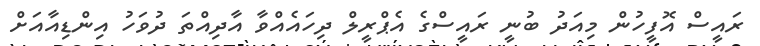
ރައީސް އޮފީހުން މިއަދު ބުނީ ރައީސްގެ އެޕްރީލް ދިހައެއްވާ އާދިއްތަ ދުވަހު އިންޑިއާއަށް